King Institute of Preventive Medicine Micro-Biological Section reports 1909-11
Year: 1909
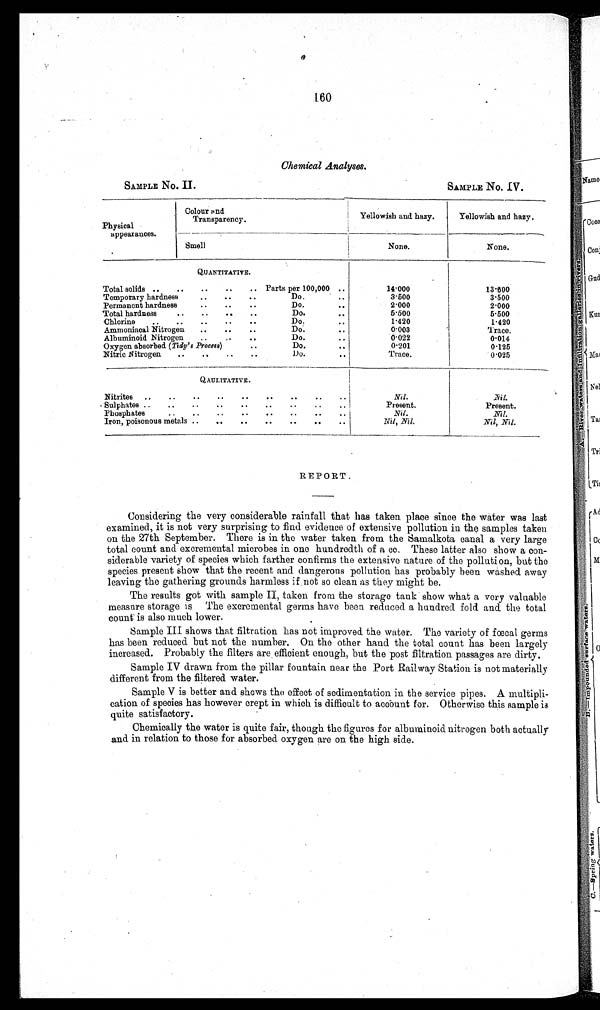
SAMPLE No. II.
SAMPLE No. IV.
160
Chemical Analyses.
Physical
appearances.
Colour an
d Transparency.
Yellowish and hazy.
Yellowish and hazy.
Smell
None.
None.
QUANTITATIVE.
Total solids ..
..
..
..
.. Parts per 100,000 ..
14...000
13...600
Temporary hardness
..
..
..
Do...
3...500
3...500
Permanent hardness
..
..
..
Do.
..
2...000
2...000
Total hardness
..
..
..
..
Do.
..
5...500
5...500
Chlorine
..
..
..
..
Do.
..
1...420
1...420
Ammoniacal Nitrogen
..
..
..
Do.
..
0...003
Trace.
Albuminoid Nitrogen
..
..
Do.
..
0...022
0...014
Oxygen absorbed (Tidy's Process) . .
Do.
..
0...201
0...125
Nitric Nitrogen ..
..
..
..
Do.
..
Trace.
0 . . . 0 2 5
QAULITATIVE.
Nitrites
..
..
..
..
..
..
..
..
..
Nil.
Nil.
Sulphates ..
..
.. ..
..
..
..
..
Present.
Present.
Phosphates..
..
..
..
..
Nil.
Nil.
Iron, poisonous metals ..
..
..
..
..
..
..
Nil, Nil.
Nil, Nil.
REPORT.
Considering the very considerable rainfall that has taken place since the water was last
examined, it is not very surprising to find evidence of extensive pollution in the samples taken
on the 27th September. There is in the water taken from the Samalkota canal a very large
total count and excremental microbes in one hundredth of a cc. These latter also show a con-
siderable variety of species which farther confirms the extensive nature of the pollution, but the
species present show that the recent and dangerous pollution has probably been washed away
leaving the gathering grounds harmless if not so clean as they might be.
The results got with sample II, taken from the storage tank show what a very valuable
measure storage is The excremental germs have been reduced a hundred fold and the total
count- is also much lower.
Sample III shows that filtration has not improved the water. The variety of fœcal germs
has been reduced but not the number. On the other hand the total count has been largely
increased. Probably the filters are efficient enough, but the post filtration passages are dirty.
Sample IV drawn from the pillar fountain near the Port Railway Station is not materially
different from the filtered water.
Sample V is better and shows the effect of sedimentation in the service pipes. A multipli-
cation of species has however crept in which is difficult to account for. Otherwise this sample is
quite satisfactory.
Chemically the water is quite fair, though the figures for albuminoid nitrogen both actually
and in relation to those for absorbed oxygen are on the high side.